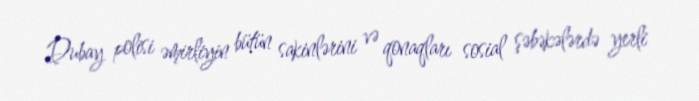
Dubay polisi əmirliyin bütün sakinlərini və qonaqları sosial şəbəkələrdə yerli